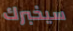
سيخبرك